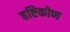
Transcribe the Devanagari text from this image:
हष्टिकोण